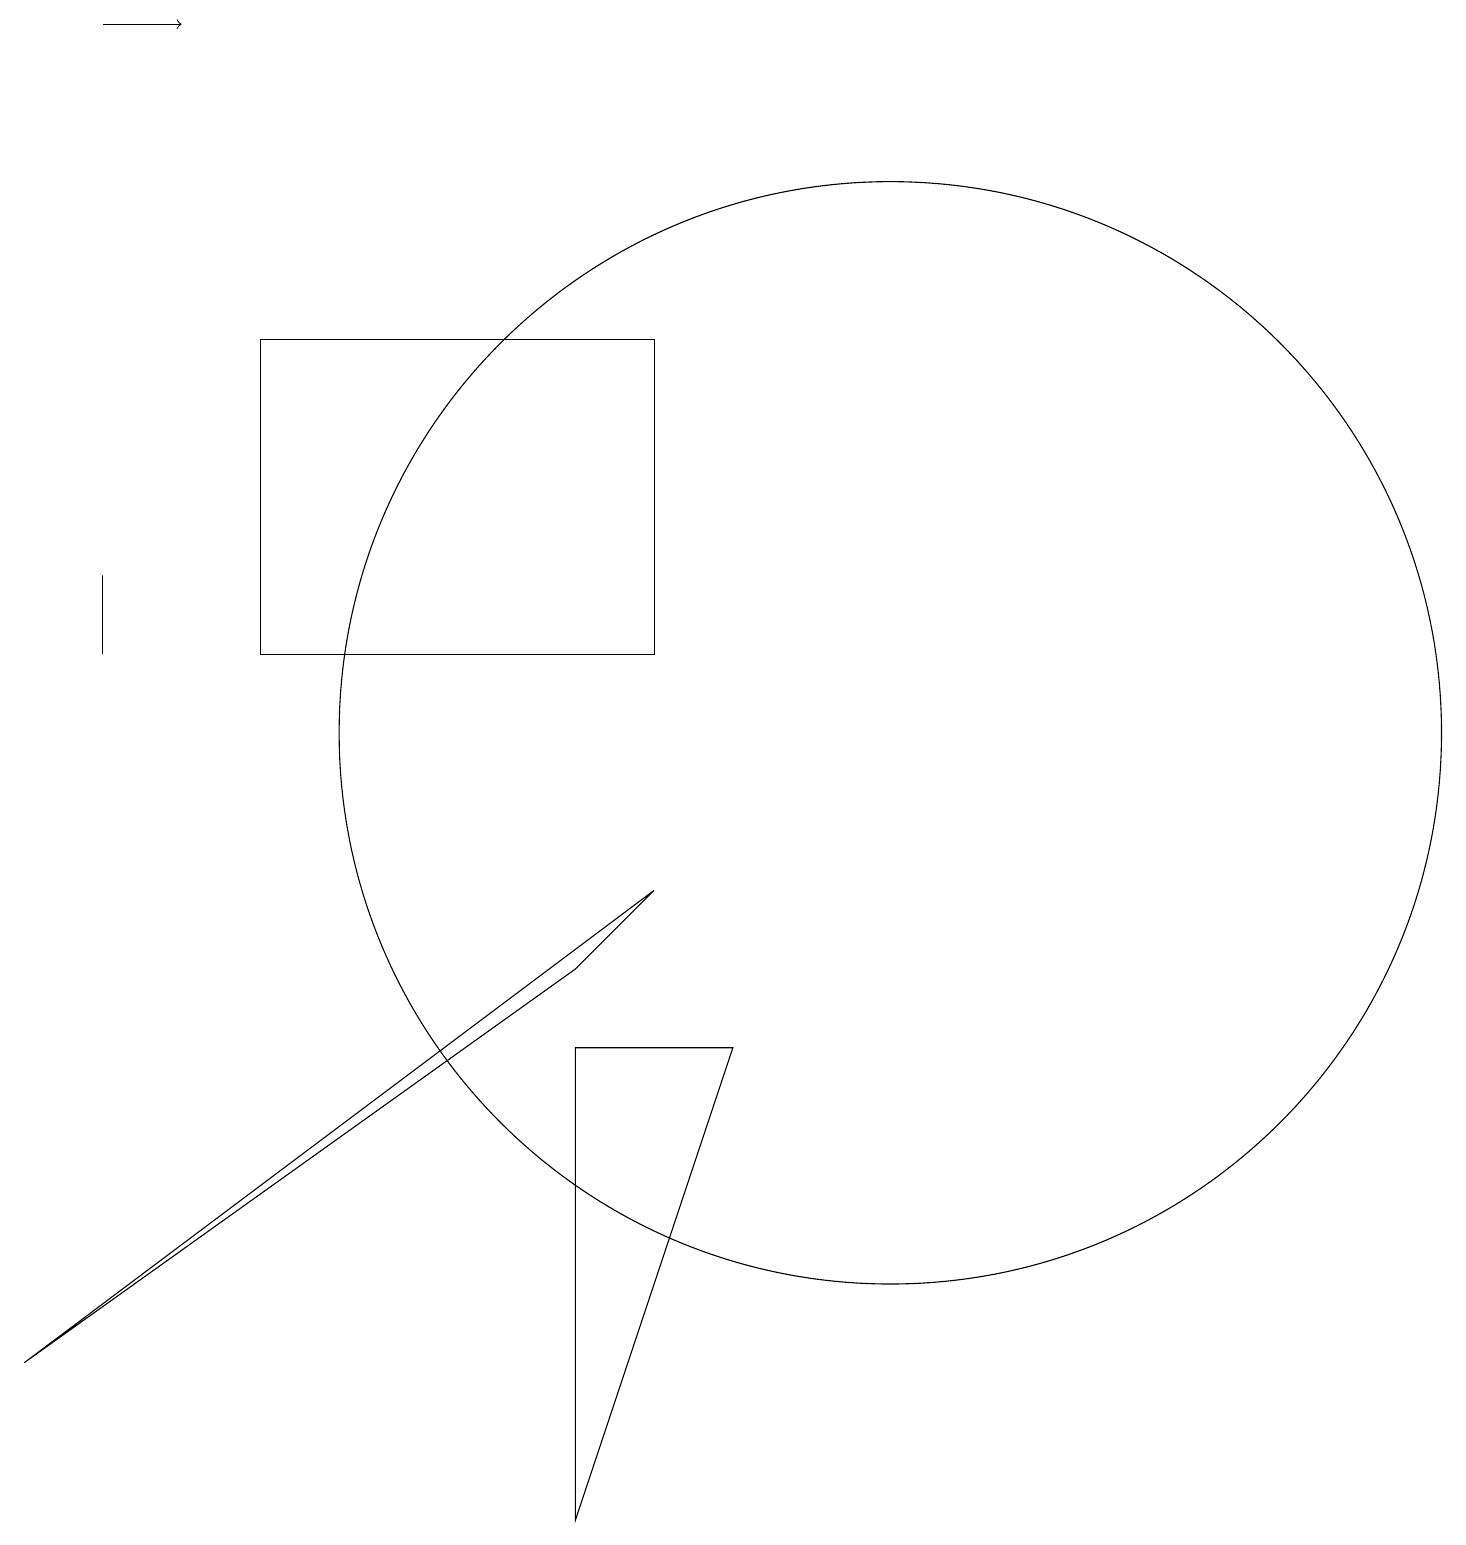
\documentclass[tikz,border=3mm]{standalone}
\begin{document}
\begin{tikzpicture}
\draw (7,7) -- (8,8) -- (0,2) -- cycle;
\draw (3,15) rectangle (8,11);
\draw[->] (1,19) -- (2,19);
\draw (11,10) circle (7);
\draw (1,12) rectangle (1,11);
\draw (9,6) -- (7,0) -- (7,6) -- cycle;
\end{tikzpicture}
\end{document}